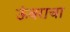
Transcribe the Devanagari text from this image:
ऊंबराचा